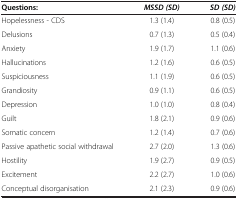
<table><thead><tr><td><b>Questions:</b></td><td><b><i>MSSD (SD)</i></b></td><td><b><i>SD (SD)</i></b></td></tr></thead><tbody><tr><td>Hopelessness - CDS</td><td>1.3 (1.4)</td><td>0.8 (0.5)</td></tr><tr><td>Delusions</td><td>0.7 (1.3)</td><td>0.5 (0.4)</td></tr><tr><td>Anxiety</td><td>1.9 (1.7)</td><td>1.1 (0.6)</td></tr><tr><td>Hallucinations</td><td>1.2 (1.6)</td><td>0.6 (0.5)</td></tr><tr><td>Suspiciousness</td><td>1.1 (1.9)</td><td>0.6 (0.5)</td></tr><tr><td>Grandiosity</td><td>0.9 (1.1)</td><td>0.6 (0.5)</td></tr><tr><td>Depression</td><td>1.0 (1.0)</td><td>0.8 (0.4)</td></tr><tr><td>Guilt</td><td>1.8 (2.1)</td><td>0.9 (0.6)</td></tr><tr><td>Somatic concern</td><td>1.2 (1.4)</td><td>0.7 (0.6)</td></tr><tr><td>Passive apathetic social withdrawal</td><td>2.7 (2.0)</td><td>1.3 (0.6)</td></tr><tr><td>Hostility</td><td>1.9 (2.7)</td><td>0.9 (0.5)</td></tr><tr><td>Excitement</td><td>2.2 (2.7)</td><td>1.0 (0.6)</td></tr><tr><td>Conceptual disorganisation</td><td>2.1 (2.3)</td><td>0.9 (0.6)</td></tr></tbody></table>